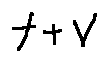
f + V